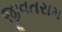
જીવતરામ